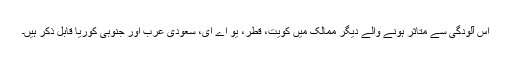
اس آلودگی سے متاثر ہونے والے دیگر ممالک میں کویت، قطر، یو اے ای، سعودی عرب اور جنوبی کوریا قابل ذکر ہیں۔